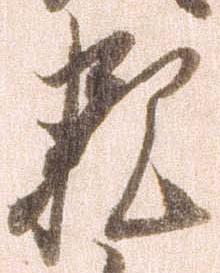
親